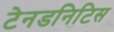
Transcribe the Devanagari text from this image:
टेनडनिटिस